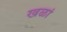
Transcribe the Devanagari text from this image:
खळां